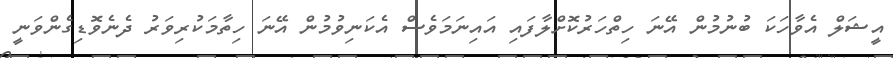
އީޝަލް އެވާހަކަ ބުނުމުން އޭނަ ހިތްހަރުކޮށްލާފައި އައިނަމަވެސް އެކަނިވުމުން އޭނަ ހިތާމަކުރިވަރު ދެނެވޮޑިގެންވަނީ